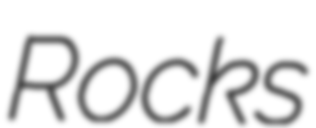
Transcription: Rocks